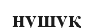
нушуқ